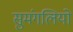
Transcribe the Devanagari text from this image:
सुमंगलियो